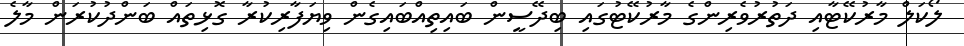
ލޯކަލް މާރުކޭޓާއި ދަތުރުވެރިންގެ މާރުކޭޓުގައި ބިދޭސީން ބައިތިއްބައިގެން ވިޔަފާރިކުރާ ގޮޅިތައް ބަންދުކުރަން މާލެ